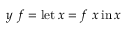
y \ f = \operatorname { l e t } x = f \ x \operatorname { i n } x